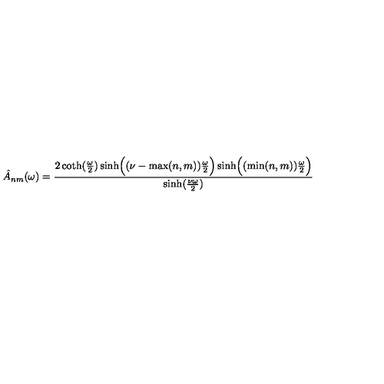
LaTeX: \hat { A } _ { n m } ( \omega ) = { \frac { 2 \coth ( { \frac { \omega } { 2 } } ) \sinh \Bigl ( ( \nu - \max ( n , m ) ) { \frac { \omega } { 2 } } \Bigr ) \sinh \Bigl ( ( \min ( n , m ) ) { \frac { \omega } { 2 } } \Bigr ) } { \sinh ( { \frac { \nu \omega } { 2 } } ) } }